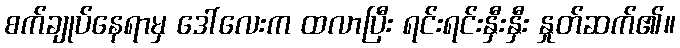
စက်ချုပ်နေရာမှ ဒေါ်လေးက ထလာပြီး ရင်းရင်းနှီးနှီး နှုတ်ဆက်၏။